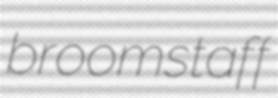
broomstaff